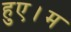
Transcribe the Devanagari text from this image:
हुए।म